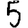
Digit: 5